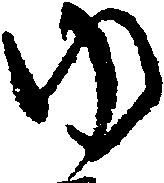
ゆ